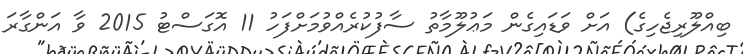
ބިއްލޫރިޖެހިގެ) އަށް ވަޑައިގެން މަޢުލޫމާތު ސާފުކުރެއްވުމަށްފަހު 11 އޮގަސްޓު 2015 ވާ އަންގާރަ